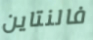
فالنتاين